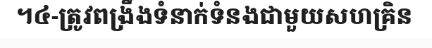
។៤-ត្រូវពង្រឹងទំនាក់ទំនងជាមួយសហគ្រិន